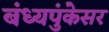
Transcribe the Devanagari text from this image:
बंध्यपुंकेसर